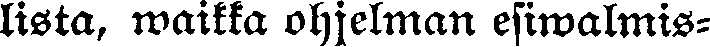
lista, waikka ohjelman esiwalmis-